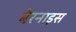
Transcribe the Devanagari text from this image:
बेरनाइस